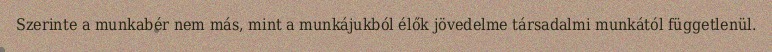
Szerinte a munkabér nem más, mint a munkájukból élők jövedelme társadalmi munkától függetlenül.